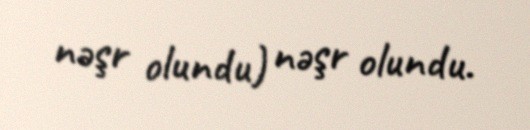
nəşr olundu) nəşr olundu.